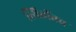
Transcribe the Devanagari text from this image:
स्थितींतच